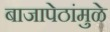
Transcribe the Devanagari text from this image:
बाजापेठांमुळे